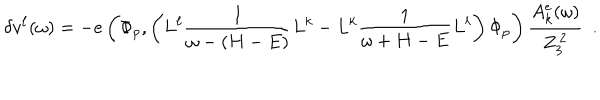
LaTeX: \delta v ^ { \ell } ( \omega ) = - e \left( \Phi _ { p } , \left( L ^ { \ell } { \frac { 1 } { \omega - ( H - E ) } } L ^ { k } - L ^ { k } { \frac { 1 } { \omega + H - E } } L ^ { \ell } \right) \Phi _ { p } \right) { \frac { A _ { k } ^ { e } ( \omega ) } { Z _ { 3 } ^ { \, 2 } } } ~ ~ .